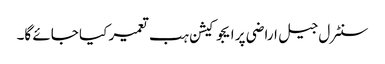
سنٹرل جیل اراضی پر ایجوکیشن ہب تعمیر کیا جائے گا۔